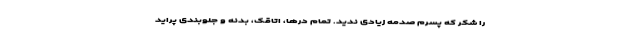
را شکر که پسرم صدمه زیادی ندید. تمام درها، اتاقک، بدنه و جلوبندی پراید